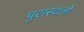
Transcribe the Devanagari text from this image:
पुरास्थलों